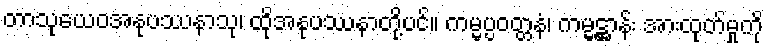
တာသုယေဝအနုပဿနာသု၊ ထိုအနုပဿနာတို့ပင်။ ကမ္မပ္ပဝတ္တနံ၊ ကမ္မဋ္ဌာန်း အားထုတ်မှုကို